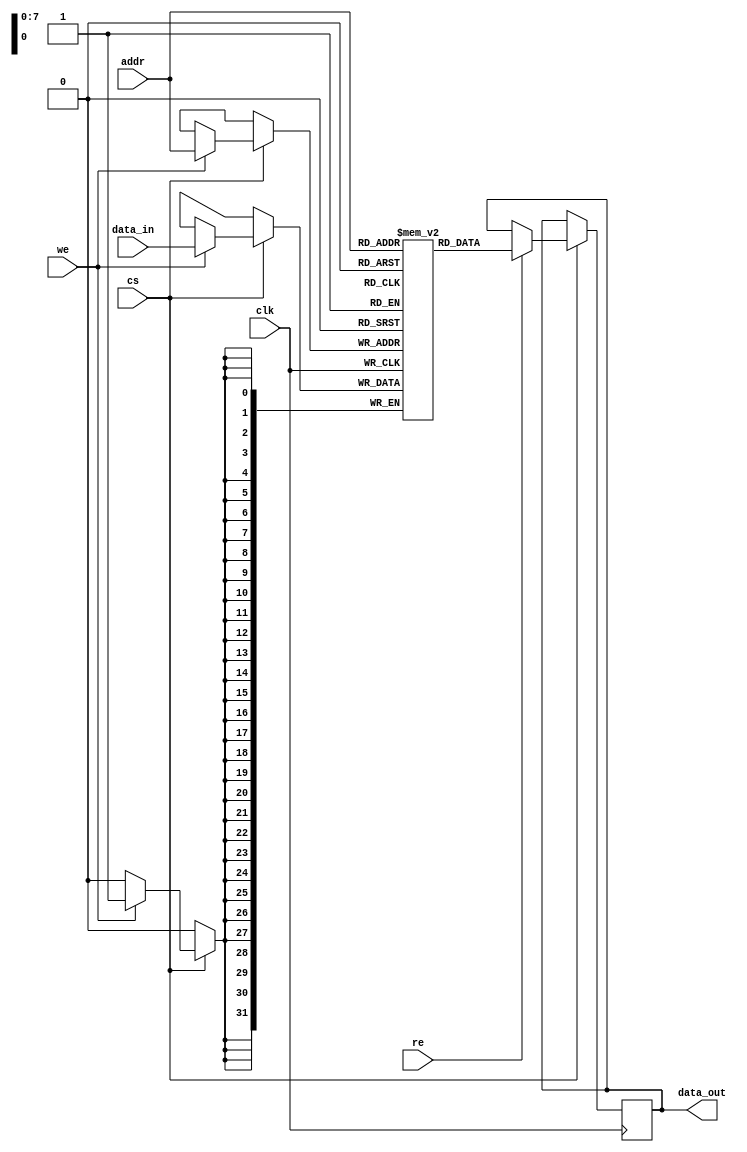
module eSRAM #(
    parameter ADDR_WIDTH = 8, // Address width (e.g., 8 for 256x32, 9 for 512x16)
    parameter DATA_WIDTH = 32  // Data width (e.g., 32 or 16)
)(
    input wire clk,             // Clock signal
    input wire cs,              // Chip Select
    input wire we,              // Write Enable
    input wire re,              // Read Enable
    input wire [ADDR_WIDTH-1:0] addr, // Address input
    input wire [DATA_WIDTH-1:0] data_in, // Data input
    output reg [DATA_WIDTH-1:0] data_out // Data output
);

    // Memory array declaration
    reg [DATA_WIDTH-1:0] memory [(2**ADDR_WIDTH)-1:0];

    // Asynchronous read operation
    always @(posedge clk) begin
        if (cs) begin
            if (re) begin
                data_out <= memory[addr]; // Read data from memory
            end
            if (we) begin
                memory[addr] <= data_in; // Write data to memory
            end
        end
    end

    // Power management - example of power-down mode not implemented
    // Additional features can be added based on requirements

endmodule